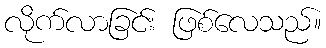
လိုက်လာခြင်း ဖြစ်လေသည်။